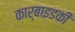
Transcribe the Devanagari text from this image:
कार्बाइडकी